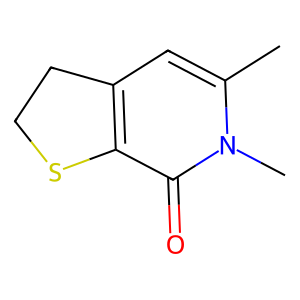
SMILES: Cc1cc2c(c(=O)n1C)SCC2
Inhibits HIV replication: No